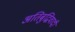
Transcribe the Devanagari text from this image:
अतिबुद्धिवादी